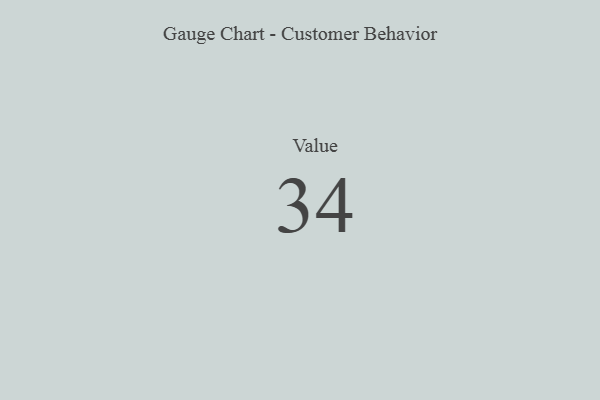
{"axis": {"x": "Metric", "y": "Value"}, "legend": [""], "data": [{"x": "Value", "y": 34, "type": ""}]}